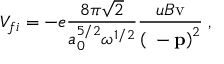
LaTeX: V _ { f i } = - e \frac { 8 \pi \sqrt { 2 } } { a _ { 0 } ^ { 5 / 2 } \omega ^ { 1 / 2 } } \frac { u B \mathrm { v } } { \left( { \bf \kappa - p } \right) ^ { 2 } } \; ,